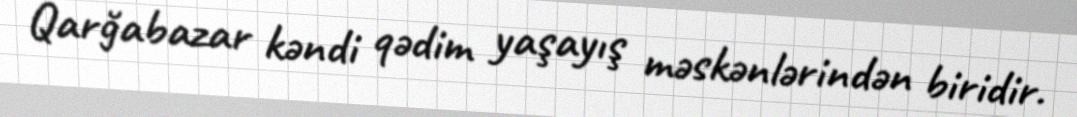
Qarğabazar kəndi qədim yaşayış məskənlərindən biridir.